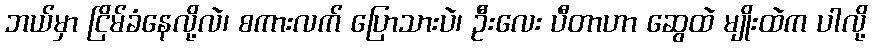
ဘယ်မှာ ငြိမ်ခံနေလို့လဲ၊ စကားလက် ပြောသားပဲ၊ ဦးလေး ပီတာဟာ ဆွေထဲ မျိုးထဲက ပါလို့